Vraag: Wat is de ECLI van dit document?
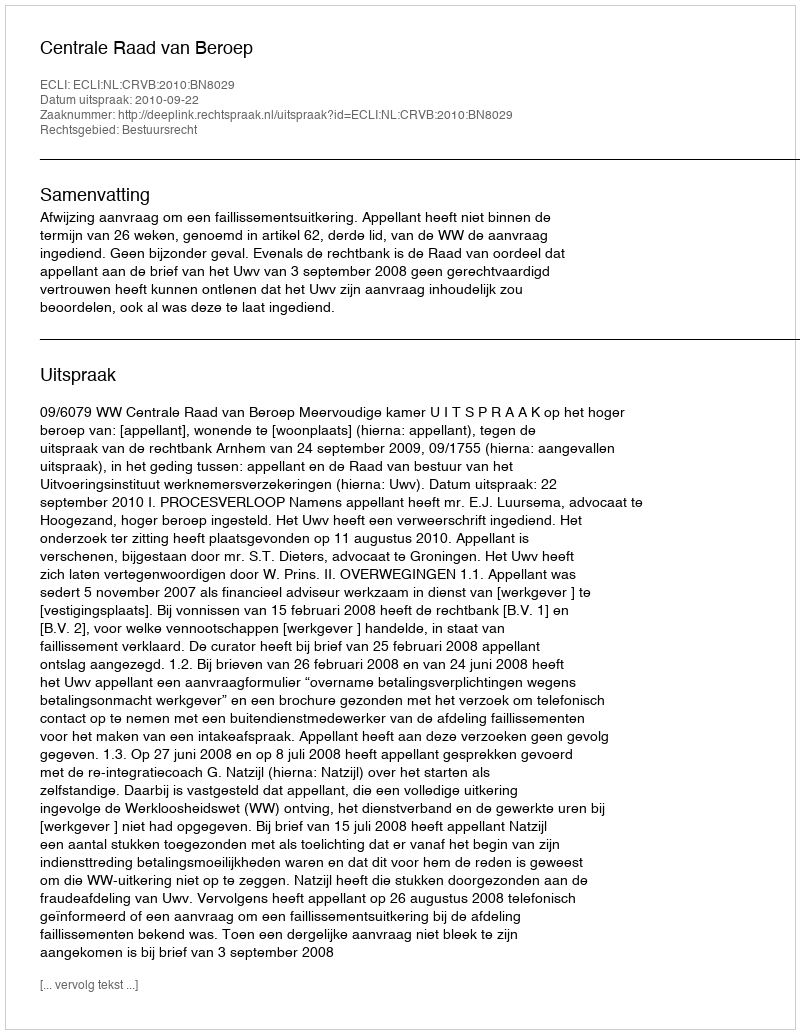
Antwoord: ECLI:NL:CRVB:2010:BN8029